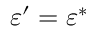
\varepsilon ^ { \prime } = \varepsilon ^ { * }